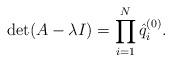
LaTeX: \begin{align*} \det ( A - \lambda I ) = \prod_{i = 1}^{N} \hat{q}_{i}^{( 0 )}. \end{align*}